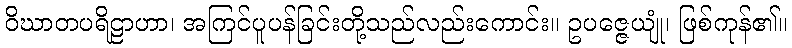
ဝိဃာတပရိဠာဟာ၊ အကြင်ပူပန်ခြင်းတို့သည်လည်းကောင်း။ ဥပဇ္ဇေယျုံ၊ ဖြစ်ကုန်၏။